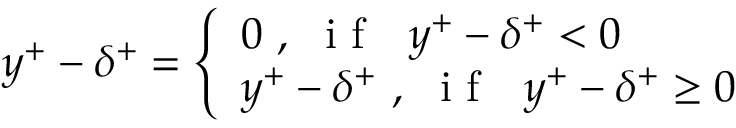
y ^ { + } - \delta ^ { + } = \left\{ \begin{array} { l l } { 0 ~ , ~ \mathrm { ~ i ~ f ~ } ~ ~ y ^ { + } - \delta ^ { + } < 0 } \\ { y ^ { + } - \delta ^ { + } ~ , ~ \mathrm { ~ i ~ f ~ } ~ ~ y ^ { + } - \delta ^ { + } \geq 0 } \end{array} \right.